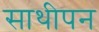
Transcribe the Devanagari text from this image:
साथीपन